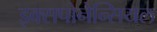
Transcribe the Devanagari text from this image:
इक्सपोनेन्सियल